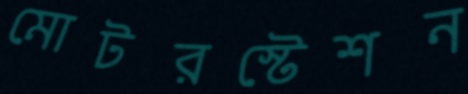
মোটরস্টেশন